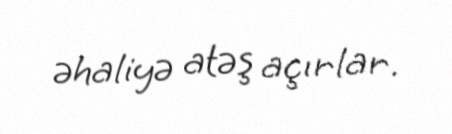
əhaliyə atəş açırlar.